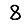
Digit: 8